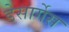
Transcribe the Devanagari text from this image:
डेसार्गेस